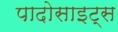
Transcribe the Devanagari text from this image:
पादोसाइट्स